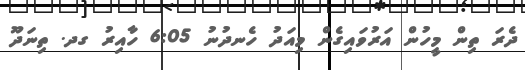
ދެރަ ތިން މީހުން އަރުވައިގެން މިއަދު ހެނދުނު 6:05 ހާއިރު ގދ. ތިނަދޫ